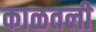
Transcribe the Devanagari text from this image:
काळतली